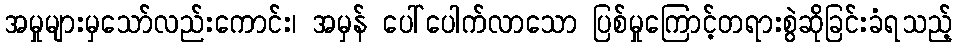
အမှုများမှသော်လည်းကောင်း၊ အမှန် ပေါ်ပေါက်လာသော ပြစ်မှုကြောင့်တရားစွဲဆိုခြင်းခံရသည့်